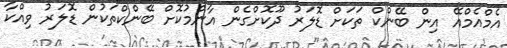
އެމްއެމްއޭ އިން ބޭންކް ތަކަށް ޑޮލަރު ދޫކޮށްގެން އާންމުކޮށް ބޭންކްތަކުން ޑޮލަރު ވިއްްކާ